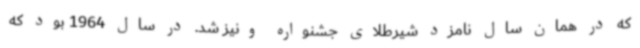
که در همان سال نامزد شیرطلای جشنواره ونیز شد. در سال 1964 بود که